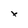
Character: x